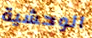
الوحشية